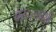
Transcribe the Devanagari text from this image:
बरहरकोथी